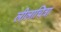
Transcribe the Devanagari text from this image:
लीलाचित्रा